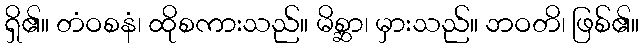
ရှိ၏။ တံဝစနံ၊ ထိုစကားသည်။ မိစ္ဆာ၊ မှားသည်။ ဘဝတိ၊ ဖြစ်၏။